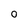
Character: O